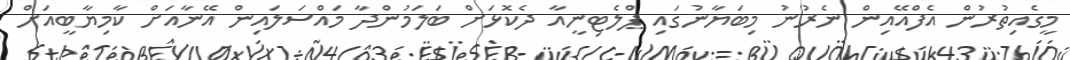
މީގެއިތުރުން އެފްއޭއިން ނެރުނު މިބަޔާނުގައި ޕްލެޓިނީއާ ދެކޮޅަށް ބަލަމުންދާ މައްސަލައިން އޭނާއަށް ކާމިޔާބީއަށް